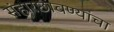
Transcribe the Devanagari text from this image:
संहारछावण्यांचा